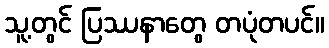
သူ့တွင် ပြဿနာတွေ တပုံတပင်။